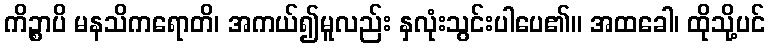
ကိဉ္စာပိ မနသိကရောတိ၊ အကယ်၍မူလည်း နှလုံးသွင်းပါပေ၏။ အထခေါ၊ ထိုသို့ပင်